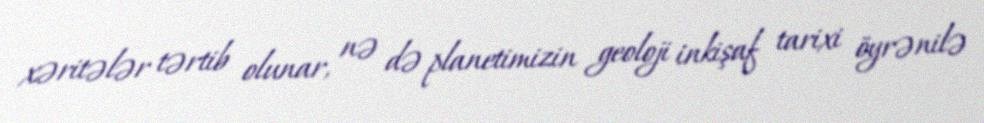
xəritələr tərtib olunar, nə də planetimizin geoloji inkişaf tarixi öyrənilə